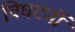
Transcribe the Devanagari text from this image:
विघटनों